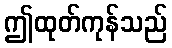
ဤထုတ်ကုန်သည်